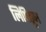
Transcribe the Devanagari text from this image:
लिपितून